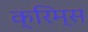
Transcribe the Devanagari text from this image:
क्रिम्स